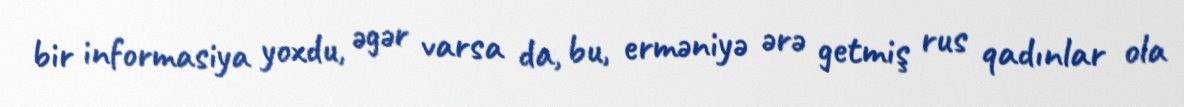
bir informasiya yoxdu, əgər varsa da, bu, erməniyə ərə getmiş rus qadınlar ola